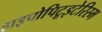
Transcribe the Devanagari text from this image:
हाइपोपिटूइटेरिस्म